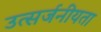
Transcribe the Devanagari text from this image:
उत्सर्जनीयता